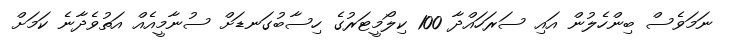
ނަމަވެސް ބިންހެލުން އައި ސަރަހައްދާ 100 ކިލޯމީޓަރުގެ ހިސާބުގަނޑަށް ސުނާމީއެއް އަތުވެދާނެ ކަމަށް